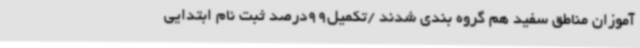
آموزان مناطق سفید هم گروه بندی شدند /تکمیل99درصد ثبت نام‌ ابتدایی